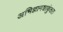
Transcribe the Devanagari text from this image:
अभिज्ञानशाकुंतल